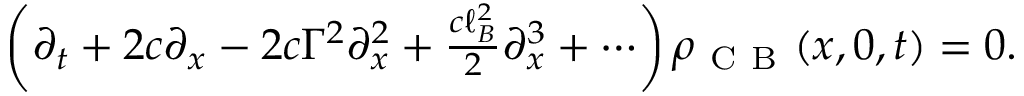
\begin{array} { r } { \left( \partial _ { t } + 2 c \partial _ { x } - 2 c \Gamma ^ { 2 } \partial _ { x } ^ { 2 } + \frac { c \ell _ { B } ^ { 2 } } { 2 } \partial _ { x } ^ { 3 } + \cdots \right) \rho _ { \mathrm { ~ C ~ B ~ } } ( x , 0 , t ) = 0 . } \end{array}